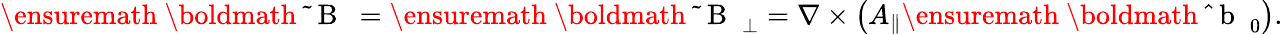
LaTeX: \ensuremath{\mathrm{~\boldmath~\tilde{~}{~B~}~}}=\ensuremath{\mathrm{~\boldmath~\tilde{~}{~B~}~}}_{\perp}=\nabla\times\left(A_{\parallel}\ensuremath{\mathrm{~\boldmath~\hat{~}{~b~}~}}_{0}\right).